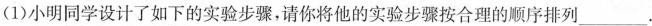
(1)小明同学设计了如下的实验步骤，请你将他的实验步骤按合理的顺序排列___.